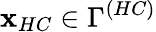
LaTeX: \mathbf{x}_{HC}\in\Gamma^{\left(HC\right)}